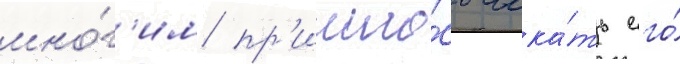
мно́г'им пр'ишло́сь иска́ть его́